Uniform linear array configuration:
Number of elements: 16
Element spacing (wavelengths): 0.5
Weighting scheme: blackman
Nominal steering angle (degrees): -30
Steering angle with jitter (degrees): -30.642
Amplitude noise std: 0.05
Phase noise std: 0.05

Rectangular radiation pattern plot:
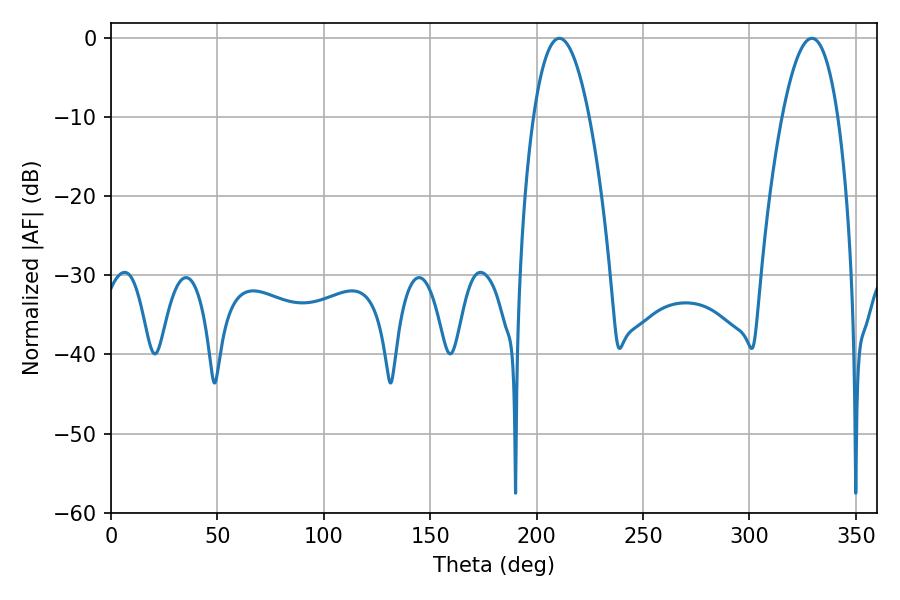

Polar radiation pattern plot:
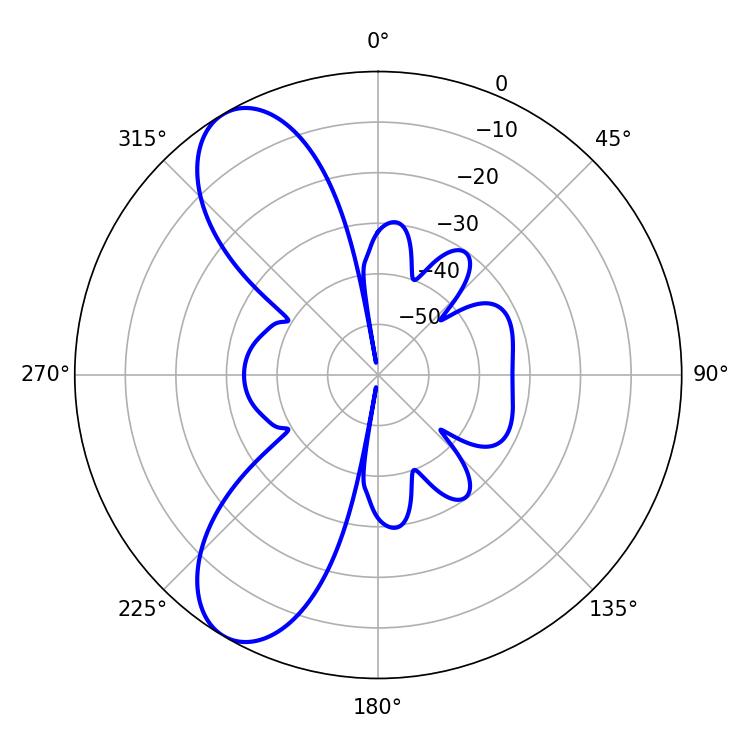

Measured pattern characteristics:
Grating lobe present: FALSE
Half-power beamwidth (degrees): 14.4
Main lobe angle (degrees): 210.6